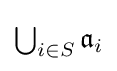
\textstyle \bigcup _{i\in S}{\mathfrak {a}}_{i}